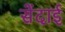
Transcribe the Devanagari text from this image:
सेंदाई